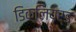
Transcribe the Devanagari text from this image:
डिक्लियर्ड